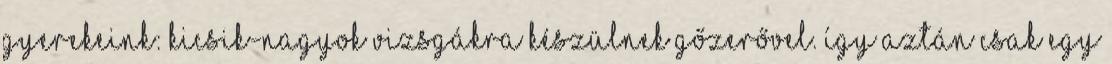
gyerekeink: kicsik-nagyok vizsgákra készülnek gőzerővel. Így aztán csak egy